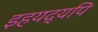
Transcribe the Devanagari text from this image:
इहयद्यपि